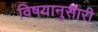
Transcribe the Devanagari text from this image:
विषयानुसारी